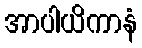
အာပါယိကာနံ